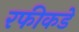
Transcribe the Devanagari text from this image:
रफीकडे